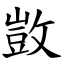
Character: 敳